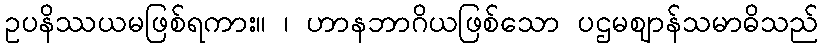
ဥပနိဿယမဖြစ်ရကား။ ၊ ဟာနဘာဂိယဖြစ်သော ပဌမဈာန်သမာဓိသည်